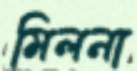
মিলনা